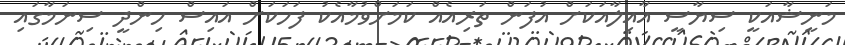
މަނީޝާއަކީ ސިޔާސީ އާއިލާއަކަށް އުފަން ތަރިއެއް ކަމަށްވުމާއެކު ފަހަކަށް އައިސް ހިންދީ ސިނަމާގައި